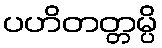
ပဟိတတ္တမ္ပိ